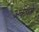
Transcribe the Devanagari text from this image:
अर्कपत्रे